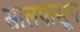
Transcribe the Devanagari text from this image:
सालपासून